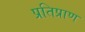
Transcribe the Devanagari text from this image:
प्रतिप्राण